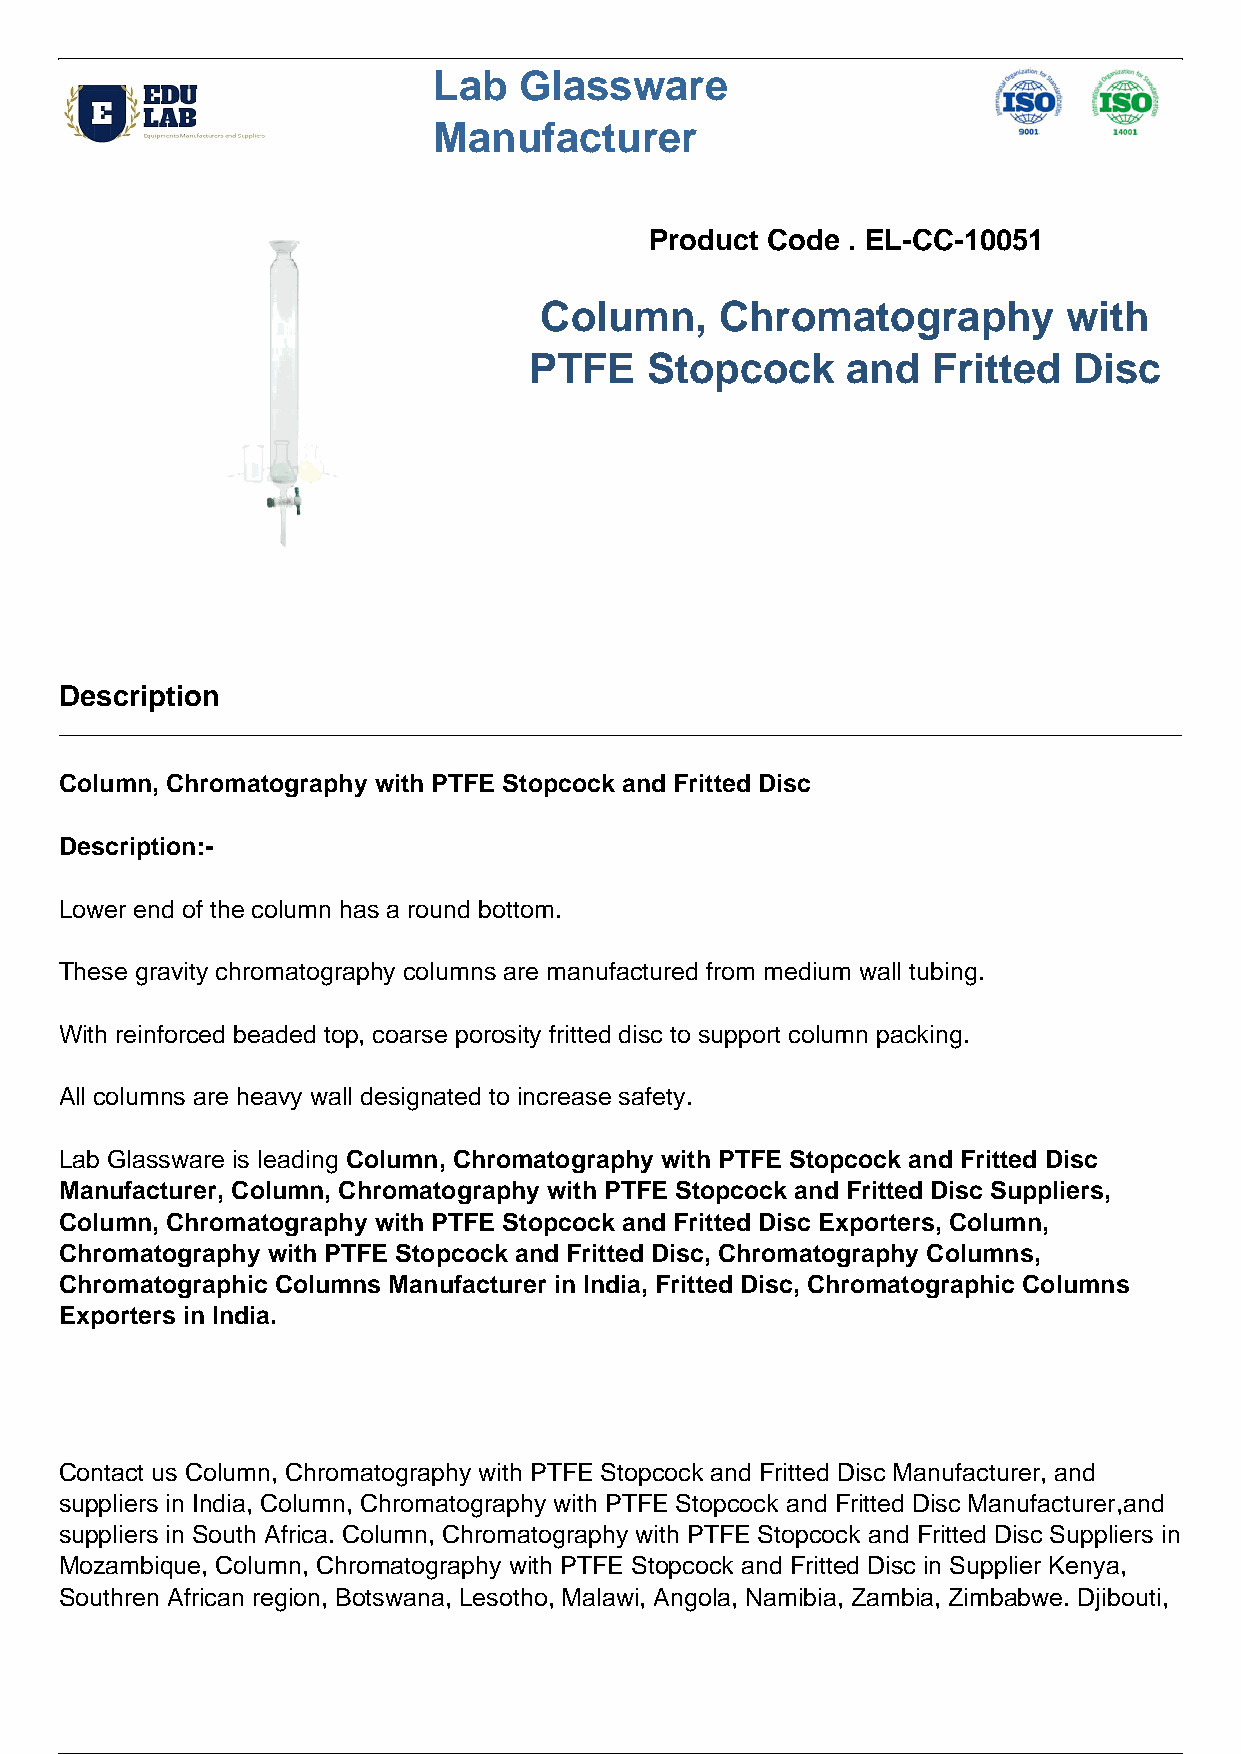
Lab  Glassware
 Manufacturer
 Product Code . EL-CC-10051
 Column,     Chromatography         with
 PTFE    Stopcock     and   Fritted  Disc
 Description
 Column, Chromatography with PTFE Stopcock and Fritted Disc
 Description:-
 Lower end of the column has a round bottom.
 These gravity chromatography columns are manufactured from medium wall tubing.
 With reinforced beaded top, coarse porosity fritted disc to support column packing.
 All columns are heavy wall designated to increase safety.
 Lab Glassware is leading Column, Chromatography with PTFE Stopcock and Fritted Disc
 Manufacturer, Column, Chromatography with PTFE Stopcock and Fritted Disc Suppliers,
 Column, Chromatography with PTFE Stopcock and Fritted Disc Exporters, Column,
 Chromatography with PTFE Stopcock and Fritted Disc, Chromatography Columns,
 Chromatographic Columns Manufacturer in India, Fritted Disc, Chromatographic Columns
 Exporters in India.
 Contact us Column, Chromatography with PTFE Stopcock and Fritted Disc Manufacturer, and
 suppliers in India, Column, Chromatography with PTFE Stopcock and Fritted Disc Manufacturer,and
 suppliers in South Africa. Column, Chromatography with PTFE Stopcock and Fritted Disc Suppliers in
 Mozambique, Column, Chromatography with PTFE Stopcock and Fritted Disc in Supplier Kenya,
 Southren African region, Botswana, Lesotho, Malawi, Angola, Namibia, Zambia, Zimbabwe. Djibouti,
 1 / 2